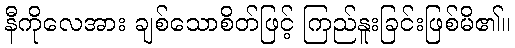
နီကိုလေအား ချစ်သောစိတ်ဖြင့် ကြည်နူးခြင်းဖြစ်မိ၏။